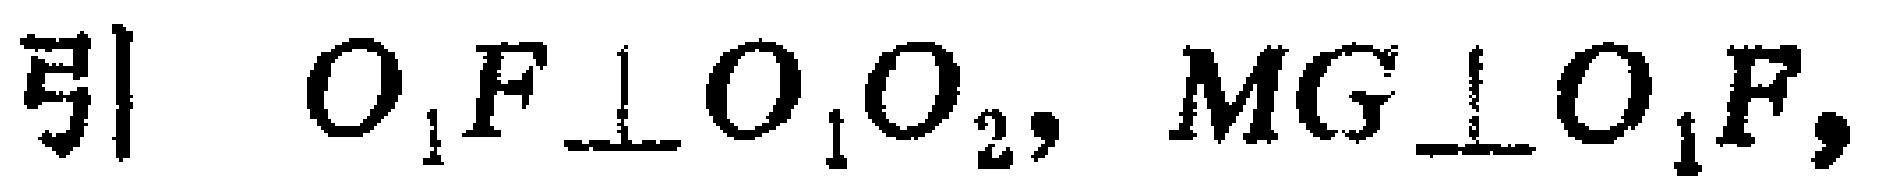
引 \(O_{1}F\perp O_{1}O_{2}, MG\perp O_{1}F,\)